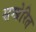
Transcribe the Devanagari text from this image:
सम्प्रेरित